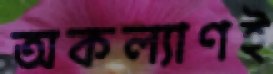
অকল্যাণই